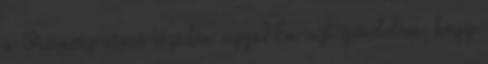
a Vivenvíz nincs tőzsdén ugye? Én azt gondolom, hogy